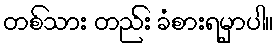
တစ်သား တည်း ခံစားရမှာပါ။